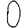
Digit: 0